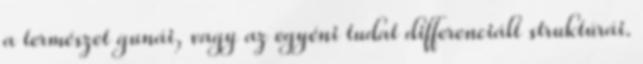
a természet gunái, vagy az egyéni tudat differenciált struktúrái.